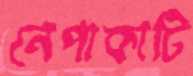
নেপাকাটি